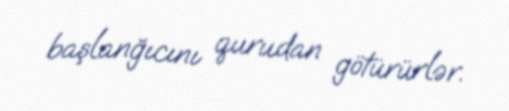
başlanğıcını qurudan götürürlər.